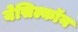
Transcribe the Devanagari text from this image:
येसिल्कॉय